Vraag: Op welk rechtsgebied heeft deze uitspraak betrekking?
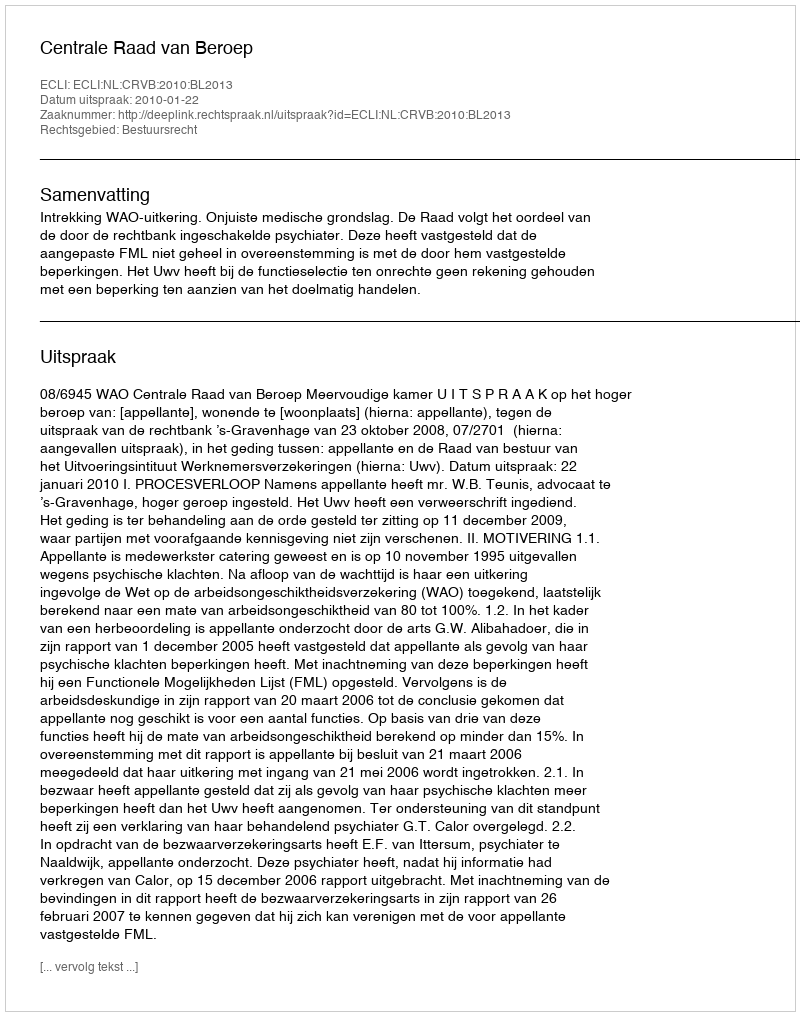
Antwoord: Bestuursrecht